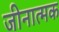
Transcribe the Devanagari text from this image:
जीनात्मक